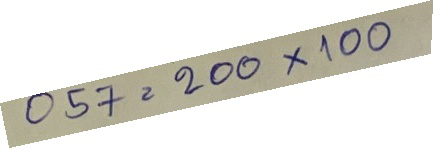
057 = 200 x 100